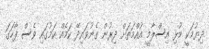
ދިޔުމަކީ މުޅި އިސްލާމީ އުއްމަތަށް ދިރުން ގެނުވައިދޭ ކަމެއް ކަމުގައި ވެސް ފާހަގަ